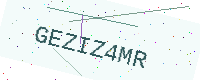
Text: GEZIZ4MR